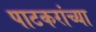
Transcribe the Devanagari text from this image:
पाटकरांच्या